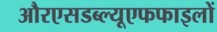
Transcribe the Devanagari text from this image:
औरएसडब्ल्यूएफफाइलों